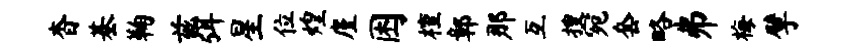
杳基鞠兹弭星位煌廑困檀鄣那互搜宛套略井梅擘